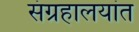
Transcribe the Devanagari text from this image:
संग्रहालयांत